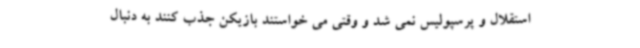
استقلال و پرسپولیس نمی شد و وقتی می خواستند بازیکن جذب کنند به دنبال